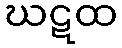
ဃဋထ